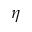
\eta